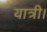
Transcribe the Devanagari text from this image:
यात्री।